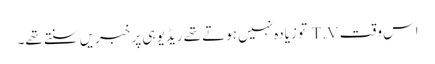
اس وقت T.V تو زیادہ نہیں ہوتے تھے ریڈیو ہی پر خبریں سنتے تھے۔